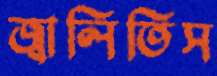
জ্বালিতিস